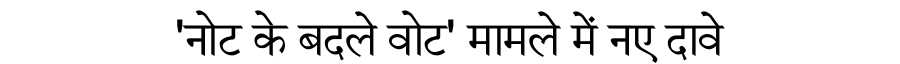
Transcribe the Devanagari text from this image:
'नोट के बदले वोट' मामले में नए दावे